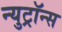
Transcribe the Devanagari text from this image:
न्युट्रॉन्स